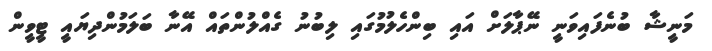
މަނީޝާ ބުނެފައިވަނީ ނޭޕާލަށް އައި ބިންހެލުމުގައި ލިބުނު ގެއްލުންތައް އޭނާ ބަލަމުންދިޔައީ ޓީވީން